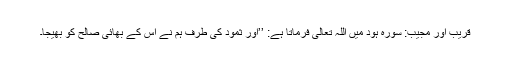
قریب اور مجیب: سورہ ہود میں اللہ تعالیٰ فرماتا ہے: ’’اور ثمود کی طرف ہم نے اس کے بھائی صالح کو بھیجا۔